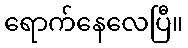
ရောက်နေလေပြီ။